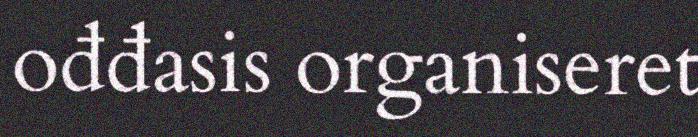
ođđasis organiseret